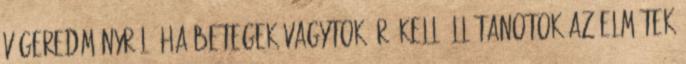
végeredményről; ha betegek vagytok, rá kell állítanotok az elmétek